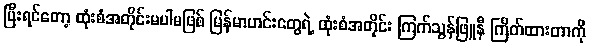
ပြီးရင်တော့ ထုံးစံအတိုင်းမပါမဖြစ် မြန်မာဟင်းတွေရဲ့ ထုံးစံအတိုင်း ကြက်သွန်ဖြူနီ ကြိတ်ထားတာကို